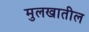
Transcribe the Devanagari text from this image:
मुलखातील